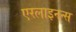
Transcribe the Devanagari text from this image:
एरलाइनन्स